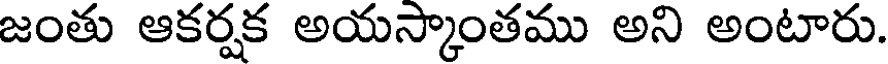
జంతు ఆకర్షక అయస్కాంతము అని అంటారు.